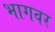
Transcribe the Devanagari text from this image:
भागवर